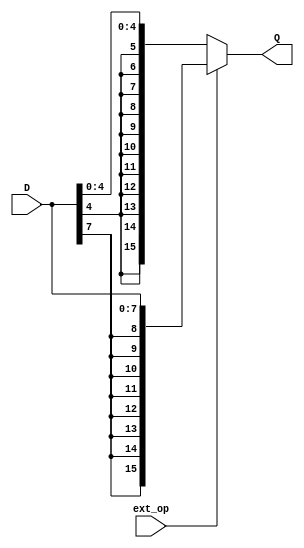
// Stump SIgn Extender
//
// J Pepper

module Stump_sign_extender (input wire        ext_op,
			                input wire [7:0]  D,
			                output reg [15:0] Q);

// The output Q contains a sign extended version of the input D depending
// upon the state of ext_op
			    
always @(*)                 // combinatorial logic block
 if(ext_op == 1)
  Q = {{8{D[7]}}, D[7:0]};  // sign extend to 16bits from bit7
 else
  Q = {{11{D[4]}}, D[4:0]}; // sign extend to 16bits from bit4
  
/*----------------------------------------------------------------------------*/

endmodule

/*============================================================================*/